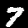
Digit: 7